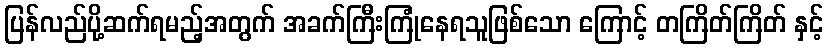
ပြန်လည်ပို့ဆက်ရမည့်အတွက် အခက်ကြီးကြုံနေရသူဖြစ်သော ကြောင့် တကြိတ်ကြိတ် နှင့်